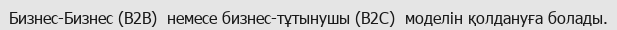
Бизнес-Бизнес (B2B)  немесе бизнес-тұтынушы (B2C)  моделін қолдануға болады.